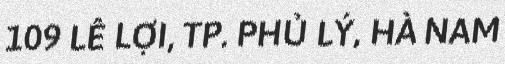
109 LÊ LỢI, TP. PHỦ LÝ, HÀ NAM